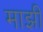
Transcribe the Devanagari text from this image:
माझीं